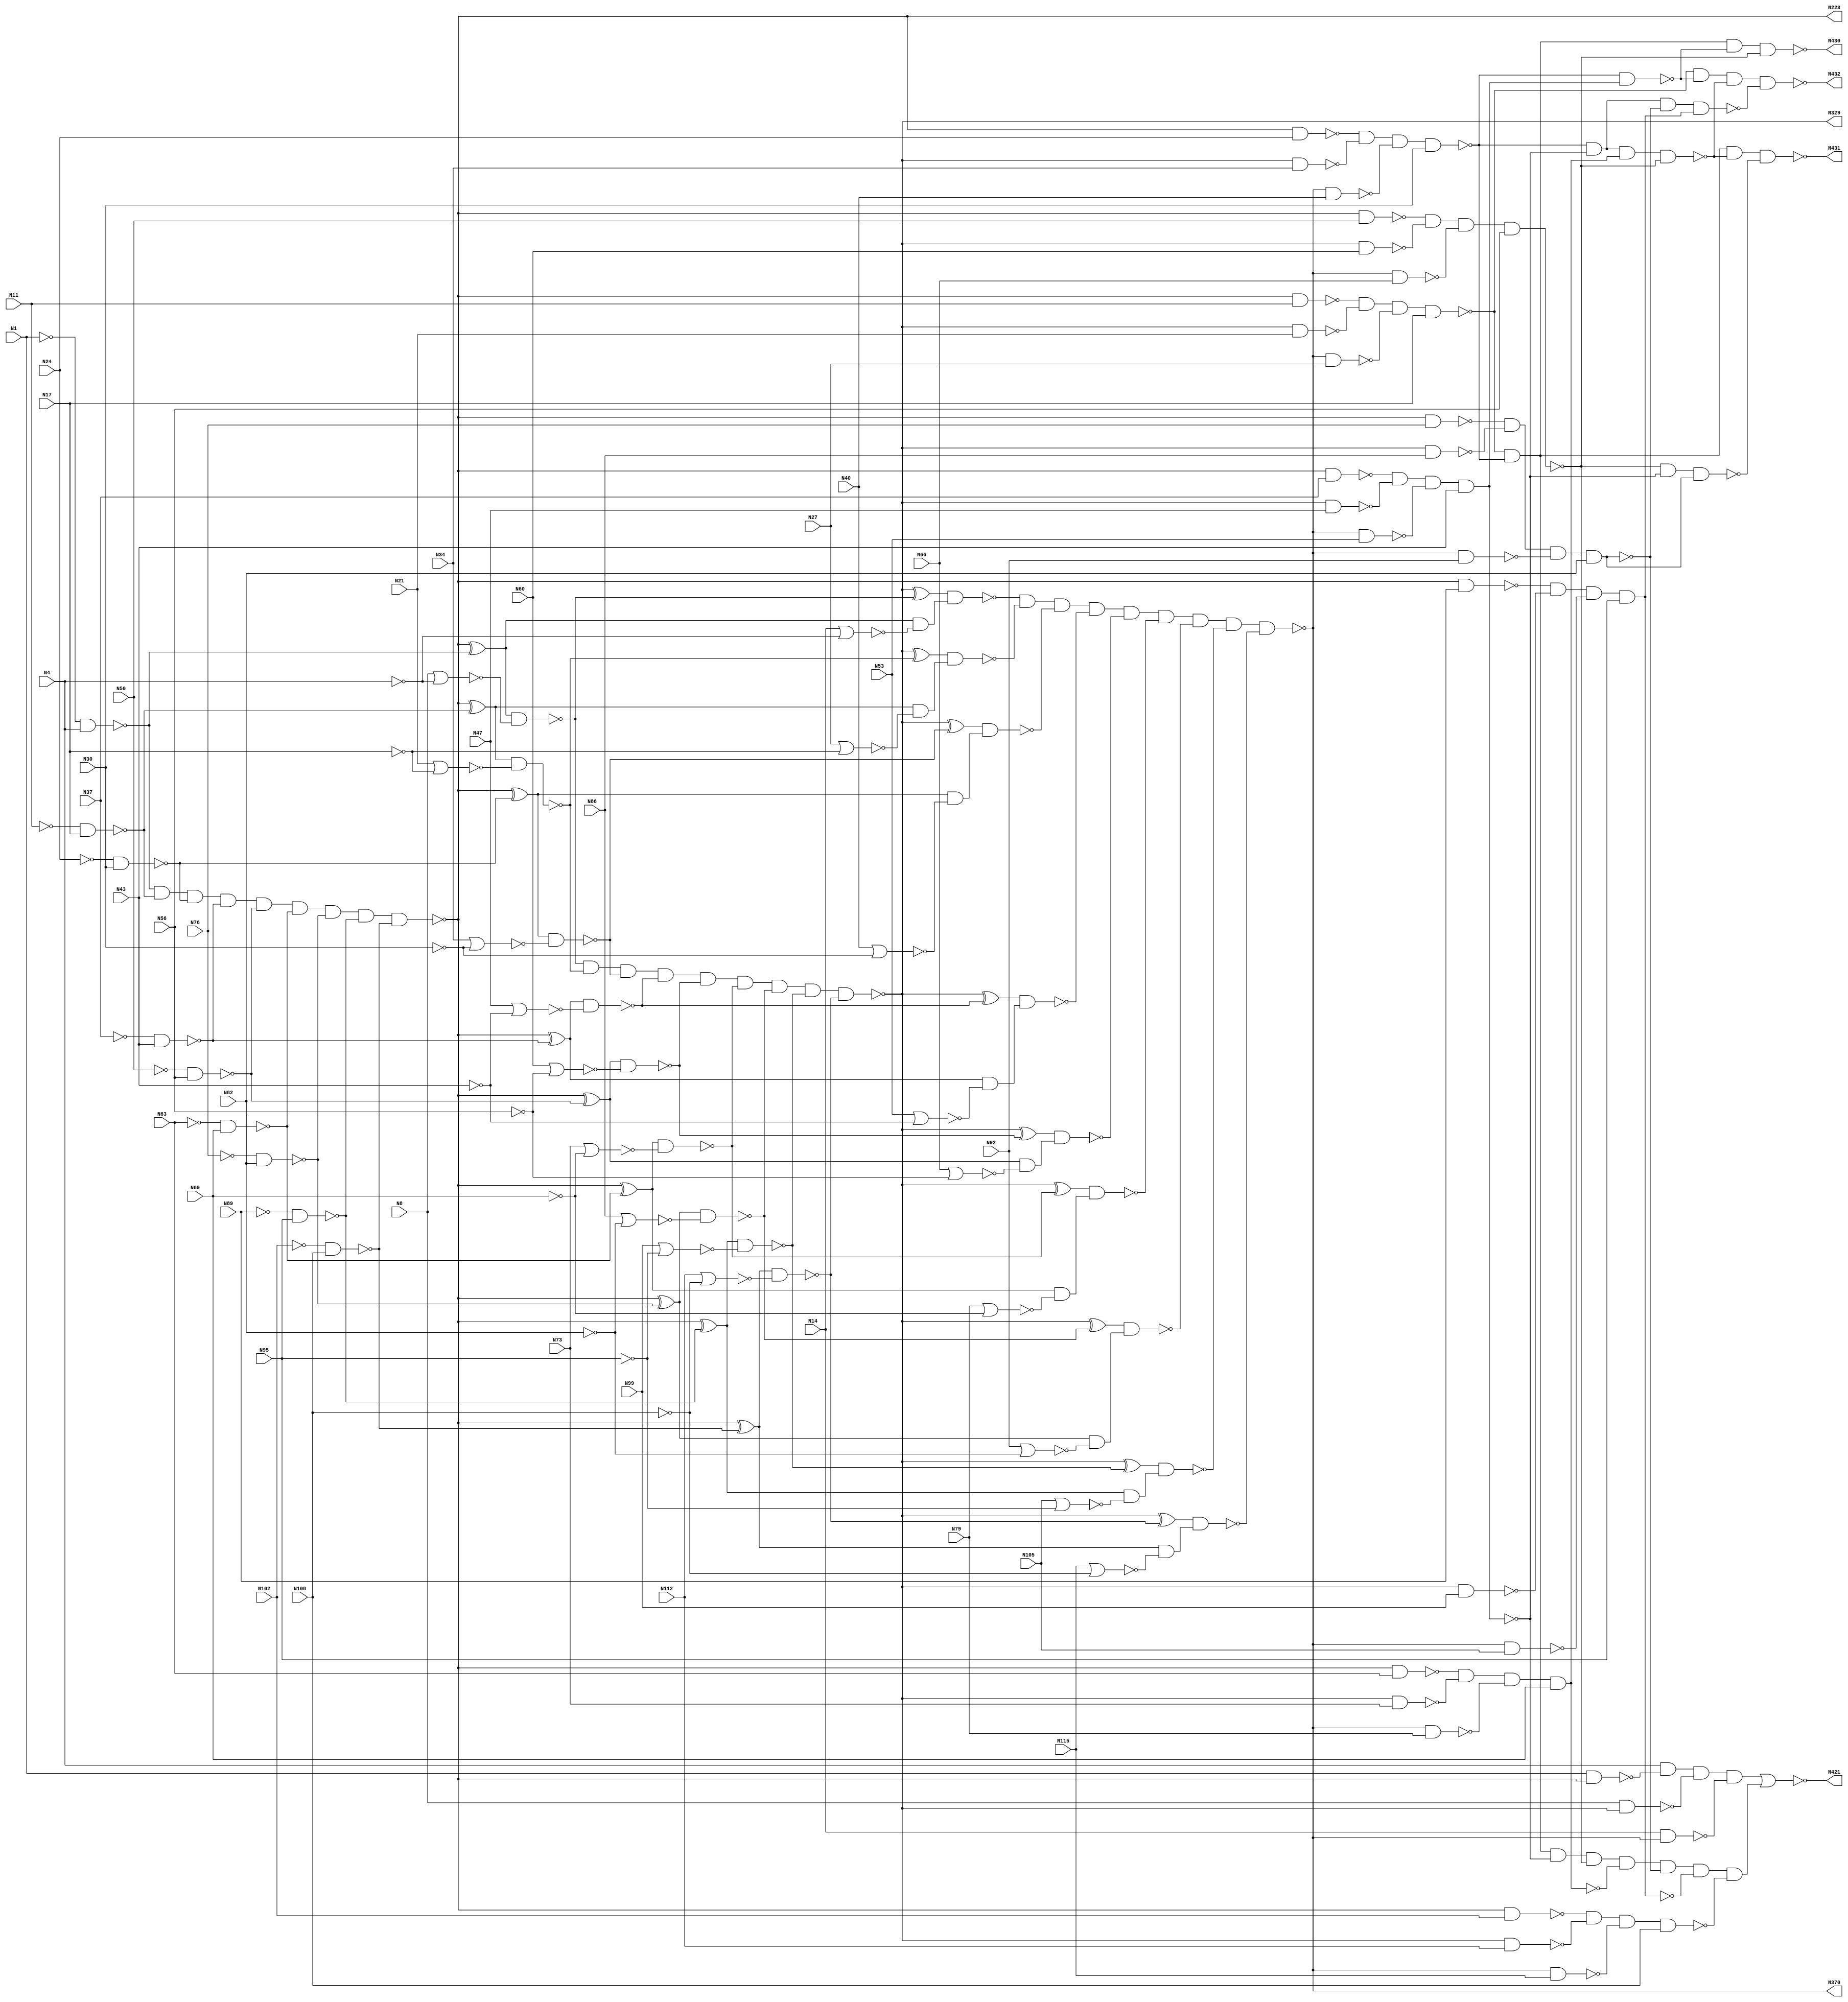
// Verilog
// c432
// Ninputs 36
// Noutputs 7
// NtotalGates 160
// NOT1 40
// NAND2 64
// NOR2 19
// AND9 3
// XOR2 18
// NAND4 14
// AND8 1
// NAND3 1

module c432 (N1,N4,N8,N11,N14,N17,N21,N24,N27,N30,
             N34,N37,N40,N43,N47,N50,N53,N56,N60,N63,
             N66,N69,N73,N76,N79,N82,N86,N89,N92,N95,
             N99,N102,N105,N108,N112,N115,N223,N329,N370,N421,
             N430,N431,N432);

input N1,N4,N8,N11,N14,N17,N21,N24,N27,N30,
      N34,N37,N40,N43,N47,N50,N53,N56,N60,N63,
      N66,N69,N73,N76,N79,N82,N86,N89,N92,N95,
      N99,N102,N105,N108,N112,N115;

output N223,N329,N370,N421,N430,N431,N432;

wire N118,N119,N122,N123,N126,N127,N130,N131,N134,N135,
     N138,N139,N142,N143,N146,N147,N150,N151,N154,N157,
     N158,N159,N162,N165,N168,N171,N174,N177,N180,N183,
     N184,N185,N186,N187,N188,N189,N190,N191,N192,N193,
     N194,N195,N196,N197,N198,N199,N203,N213,N224,N227,
     N230,N233,N236,N239,N242,N243,N246,N247,N250,N251,
     N254,N255,N256,N257,N258,N259,N260,N263,N264,N267,
     N270,N273,N276,N279,N282,N285,N288,N289,N290,N291,
     N292,N293,N294,N295,N296,N300,N301,N302,N303,N304,
     N305,N306,N307,N308,N309,N319,N330,N331,N332,N333,
     N334,N335,N336,N337,N338,N339,N340,N341,N342,N343,
     N344,N345,N346,N347,N348,N349,N350,N351,N352,N353,
     N354,N355,N356,N357,N360,N371,N372,N373,N374,N375,
     N376,N377,N378,N379,N380,N381,N386,N393,N399,N404,
     N407,N411,N414,N415,N416,N417,N418,N419,N420,N422,
     N425,N428,N429;

not NOT1_1 (N118, N1);
not NOT1_2 (N119, N4);
not NOT1_3 (N122, N11);
not NOT1_4 (N123, N17);
not NOT1_5 (N126, N24);
not NOT1_6 (N127, N30);
not NOT1_7 (N130, N37);
not NOT1_8 (N131, N43);
not NOT1_9 (N134, N50);
not NOT1_10 (N135, N56);
not NOT1_11 (N138, N63);
not NOT1_12 (N139, N69);
not NOT1_13 (N142, N76);
not NOT1_14 (N143, N82);
not NOT1_15 (N146, N89);
not NOT1_16 (N147, N95);
not NOT1_17 (N150, N102);
not NOT1_18 (N151, N108);
nand NAND2_19 (N154, N118, N4);
nor NOR2_20 (N157, N8, N119);
nor NOR2_21 (N158, N14, N119);
nand NAND2_22 (N159, N122, N17);
nand NAND2_23 (N162, N126, N30);
nand NAND2_24 (N165, N130, N43);
nand NAND2_25 (N168, N134, N56);
nand NAND2_26 (N171, N138, N69);
nand NAND2_27 (N174, N142, N82);
nand NAND2_28 (N177, N146, N95);
nand NAND2_29 (N180, N150, N108);
nor NOR2_30 (N183, N21, N123);
nor NOR2_31 (N184, N27, N123);
nor NOR2_32 (N185, N34, N127);
nor NOR2_33 (N186, N40, N127);
nor NOR2_34 (N187, N47, N131);
nor NOR2_35 (N188, N53, N131);
nor NOR2_36 (N189, N60, N135);
nor NOR2_37 (N190, N66, N135);
nor NOR2_38 (N191, N73, N139);
nor NOR2_39 (N192, N79, N139);
nor NOR2_40 (N193, N86, N143);
nor NOR2_41 (N194, N92, N143);
nor NOR2_42 (N195, N99, N147);
nor NOR2_43 (N196, N105, N147);
nor NOR2_44 (N197, N112, N151);
nor NOR2_45 (N198, N115, N151);
and AND9_46 (N199, N154, N159, N162, N165, N168, N171, N174, N177, N180);
not NOT1_47 (N203, N199);
not NOT1_48 (N213, N199);
not NOT1_49 (N223, N199);
xor XOR2_50 (N224, N203, N154);
xor XOR2_51 (N227, N203, N159);
xor XOR2_52 (N230, N203, N162);
xor XOR2_53 (N233, N203, N165);
xor XOR2_54 (N236, N203, N168);
xor XOR2_55 (N239, N203, N171);
nand NAND2_56 (N242, N1, N213);
xor XOR2_57 (N243, N203, N174);
nand NAND2_58 (N246, N213, N11);
xor XOR2_59 (N247, N203, N177);
nand NAND2_60 (N250, N213, N24);
xor XOR2_61 (N251, N203, N180);
nand NAND2_62 (N254, N213, N37);
nand NAND2_63 (N255, N213, N50);
nand NAND2_64 (N256, N213, N63);
nand NAND2_65 (N257, N213, N76);
nand NAND2_66 (N258, N213, N89);
nand NAND2_67 (N259, N213, N102);
nand NAND2_68 (N260, N224, N157);
nand NAND2_69 (N263, N224, N158);
nand NAND2_70 (N264, N227, N183);
nand NAND2_71 (N267, N230, N185);
nand NAND2_72 (N270, N233, N187);
nand NAND2_73 (N273, N236, N189);
nand NAND2_74 (N276, N239, N191);
nand NAND2_75 (N279, N243, N193);
nand NAND2_76 (N282, N247, N195);
nand NAND2_77 (N285, N251, N197);
nand NAND2_78 (N288, N227, N184);
nand NAND2_79 (N289, N230, N186);
nand NAND2_80 (N290, N233, N188);
nand NAND2_81 (N291, N236, N190);
nand NAND2_82 (N292, N239, N192);
nand NAND2_83 (N293, N243, N194);
nand NAND2_84 (N294, N247, N196);
nand NAND2_85 (N295, N251, N198);
and AND9_86 (N296, N260, N264, N267, N270, N273, N276, N279, N282, N285);
not NOT1_87 (N300, N263);
not NOT1_88 (N301, N288);
not NOT1_89 (N302, N289);
not NOT1_90 (N303, N290);
not NOT1_91 (N304, N291);
not NOT1_92 (N305, N292);
not NOT1_93 (N306, N293);
not NOT1_94 (N307, N294);
not NOT1_95 (N308, N295);
not NOT1_96 (N309, N296);
not NOT1_97 (N319, N296);
not NOT1_98 (N329, N296);
xor XOR2_99 (N330, N309, N260);
xor XOR2_100 (N331, N309, N264);
xor XOR2_101 (N332, N309, N267);
xor XOR2_102 (N333, N309, N270);
nand NAND2_103 (N334, N8, N319);
xor XOR2_104 (N335, N309, N273);
nand NAND2_105 (N336, N319, N21);
xor XOR2_106 (N337, N309, N276);
nand NAND2_107 (N338, N319, N34);
xor XOR2_108 (N339, N309, N279);
nand NAND2_109 (N340, N319, N47);
xor XOR2_110 (N341, N309, N282);
nand NAND2_111 (N342, N319, N60);
xor XOR2_112 (N343, N309, N285);
nand NAND2_113 (N344, N319, N73);
nand NAND2_114 (N345, N319, N86);
nand NAND2_115 (N346, N319, N99);
nand NAND2_116 (N347, N319, N112);
nand NAND2_117 (N348, N330, N300);
nand NAND2_118 (N349, N331, N301);
nand NAND2_119 (N350, N332, N302);
nand NAND2_120 (N351, N333, N303);
nand NAND2_121 (N352, N335, N304);
nand NAND2_122 (N353, N337, N305);
nand NAND2_123 (N354, N339, N306);
nand NAND2_124 (N355, N341, N307);
nand NAND2_125 (N356, N343, N308);
and AND9_126 (N357, N348, N349, N350, N351, N352, N353, N354, N355, N356);
not NOT1_127 (N360, N357);
not NOT1_128 (N370, N357);
nand NAND2_129 (N371, N14, N360);
nand NAND2_130 (N372, N360, N27);
nand NAND2_131 (N373, N360, N40);
nand NAND2_132 (N374, N360, N53);
nand NAND2_133 (N375, N360, N66);
nand NAND2_134 (N376, N360, N79);
nand NAND2_135 (N377, N360, N92);
nand NAND2_136 (N378, N360, N105);
nand NAND2_137 (N379, N360, N115);
nand NAND4_138 (N380, N4, N242, N334, N371);
nand NAND4_139 (N381, N246, N336, N372, N17);
nand NAND4_140 (N386, N250, N338, N373, N30);
nand NAND4_141 (N393, N254, N340, N374, N43);
nand NAND4_142 (N399, N255, N342, N375, N56);
nand NAND4_143 (N404, N256, N344, N376, N69);
nand NAND4_144 (N407, N257, N345, N377, N82);
nand NAND4_145 (N411, N258, N346, N378, N95);
nand NAND4_146 (N414, N259, N347, N379, N108);
not NOT1_147 (N415, N380);
and AND8_148 (N416, N381, N386, N393, N399, N404, N407, N411, N414);
not NOT1_149 (N417, N393);
not NOT1_150 (N418, N404);
not NOT1_151 (N419, N407);
not NOT1_152 (N420, N411);
nor NOR2_153 (N421, N415, N416);
nand NAND2_154 (N422, N386, N417);
nand NAND4_155 (N425, N386, N393, N418, N399);
nand NAND3_156 (N428, N399, N393, N419);
nand NAND4_157 (N429, N386, N393, N407, N420);
nand NAND4_158 (N430, N381, N386, N422, N399);
nand NAND4_159 (N431, N381, N386, N425, N428);
nand NAND4_160 (N432, N381, N422, N425, N429);

endmodule